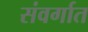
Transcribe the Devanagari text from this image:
संवर्गात